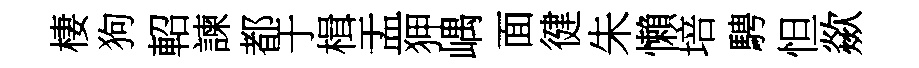
棲狗軺諫都于楫盂狎嵎面徤朱懶培騁怛歘